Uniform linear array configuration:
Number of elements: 8
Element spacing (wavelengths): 0.25
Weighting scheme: blackman
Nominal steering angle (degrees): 30
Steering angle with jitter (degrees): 29.468
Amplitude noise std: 0.05
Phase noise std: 0.05

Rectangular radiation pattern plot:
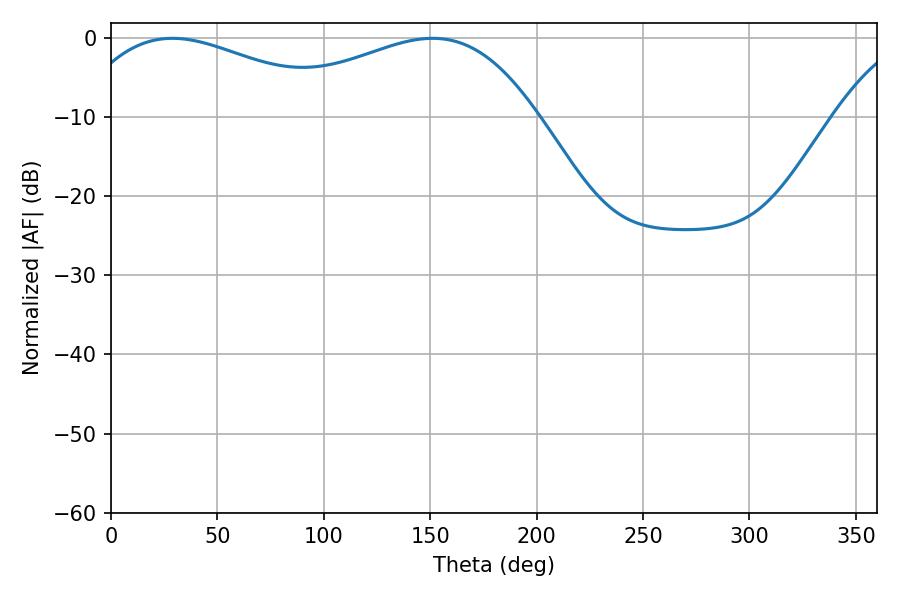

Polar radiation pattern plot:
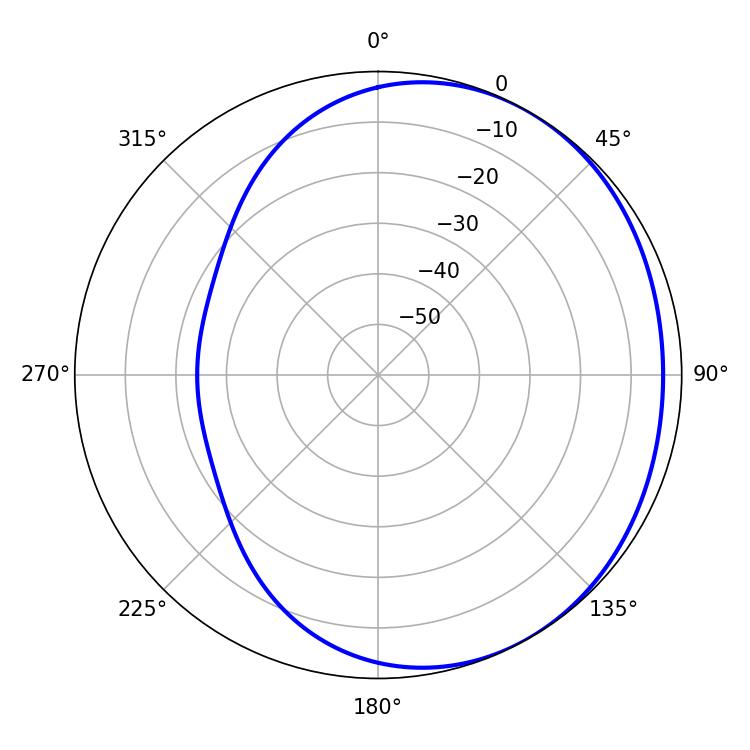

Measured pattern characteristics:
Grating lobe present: FALSE
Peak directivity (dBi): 1.907
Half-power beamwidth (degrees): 71.64
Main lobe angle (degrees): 28.8